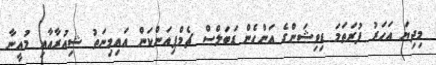
މިދިޔަ އަހަރު ފުރަތަމަ ޑިވިޝަންގެ އަންހެން ޑަބަލްސް ޗެމްޕިއަންކަން އައިމިނަތު ޝިއުރާއާއި މުއީނާ